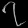
Digit: ၇